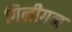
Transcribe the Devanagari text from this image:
गिलीगन